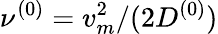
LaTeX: \nu^{(0)}=v_{m}^{2}/(2D^{(0)})